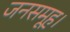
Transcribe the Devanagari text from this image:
जनसमूह।